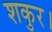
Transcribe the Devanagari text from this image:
शकुर।